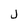
Character: j